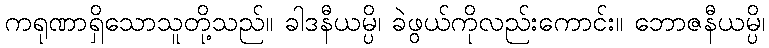
ကရုဏာရှိသောသူတို့သည်။ ခါဒနီယမ္ပိ၊ ခဲဖွယ်ကိုလည်းကောင်း။ ဘောဇနီယမ္ပိ၊